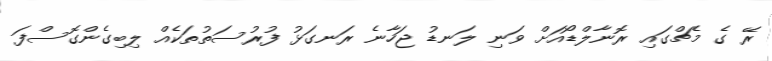
ރޭ ގެ މެޗްގައި ރޮނާލްޑޯއަށް ވަނި ލަނޑު ޖަހާނެ ރަނގަޅު ފުރުސަތުތަކެއް ލިބިގެންގޮސްފަ